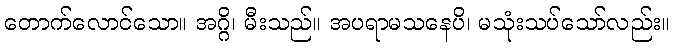
တောက်လောင်သော။ အဂ္ဂိ၊ မီးသည်။ အပရာမသနေပိ၊ မသုံးသပ်သော်လည်း။